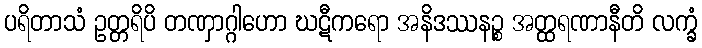
ပရိတာသံ ဥတ္တရိပိ တဏှာဂ္ဂါဟော ဃဋီကရော အနိဒဿနဉ္စ အတ္ထရဏာနီတိ လက္ခံ